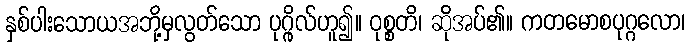
နှစ်ပါးသောယအဘို့မှလွတ်သော ပုဂ္ဂိုလ်ဟူ၍။ ဝုစ္စတိ၊ ဆိုအပ်၏။ ကတမောစပုဂ္ဂလော၊